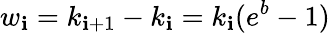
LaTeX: w_{\mathbf{i}}=k_{\mathbf{i}+1}-k_{\mathbf{i}}=k_{\mathbf{i}}(e^{b}-1)